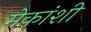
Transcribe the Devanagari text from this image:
मेकांशी